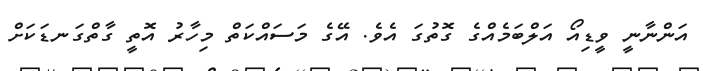
އަންނާނީ ވީޑިއޯ އަލްބަމެއްގެ ގޮތުގަ އެވެ. އޭގެ މަސައްކަތް މިހާރު އޮތީ ގާތްގަނޑަކަށް